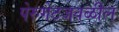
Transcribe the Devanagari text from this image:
पेरुगेटजवळील